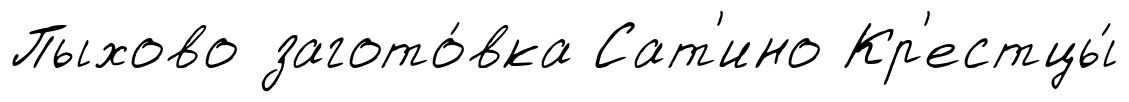
Пыхово загото́вка Сат'ино Кр'естцы́